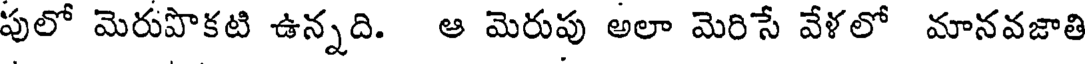
పులో మెరుపొకటి ఉన్నది. ఆ మెరుపు అలా మెరిసే వేళలో మానవజాతి